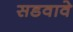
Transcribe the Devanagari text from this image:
सडवावे